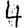
Digit: 4